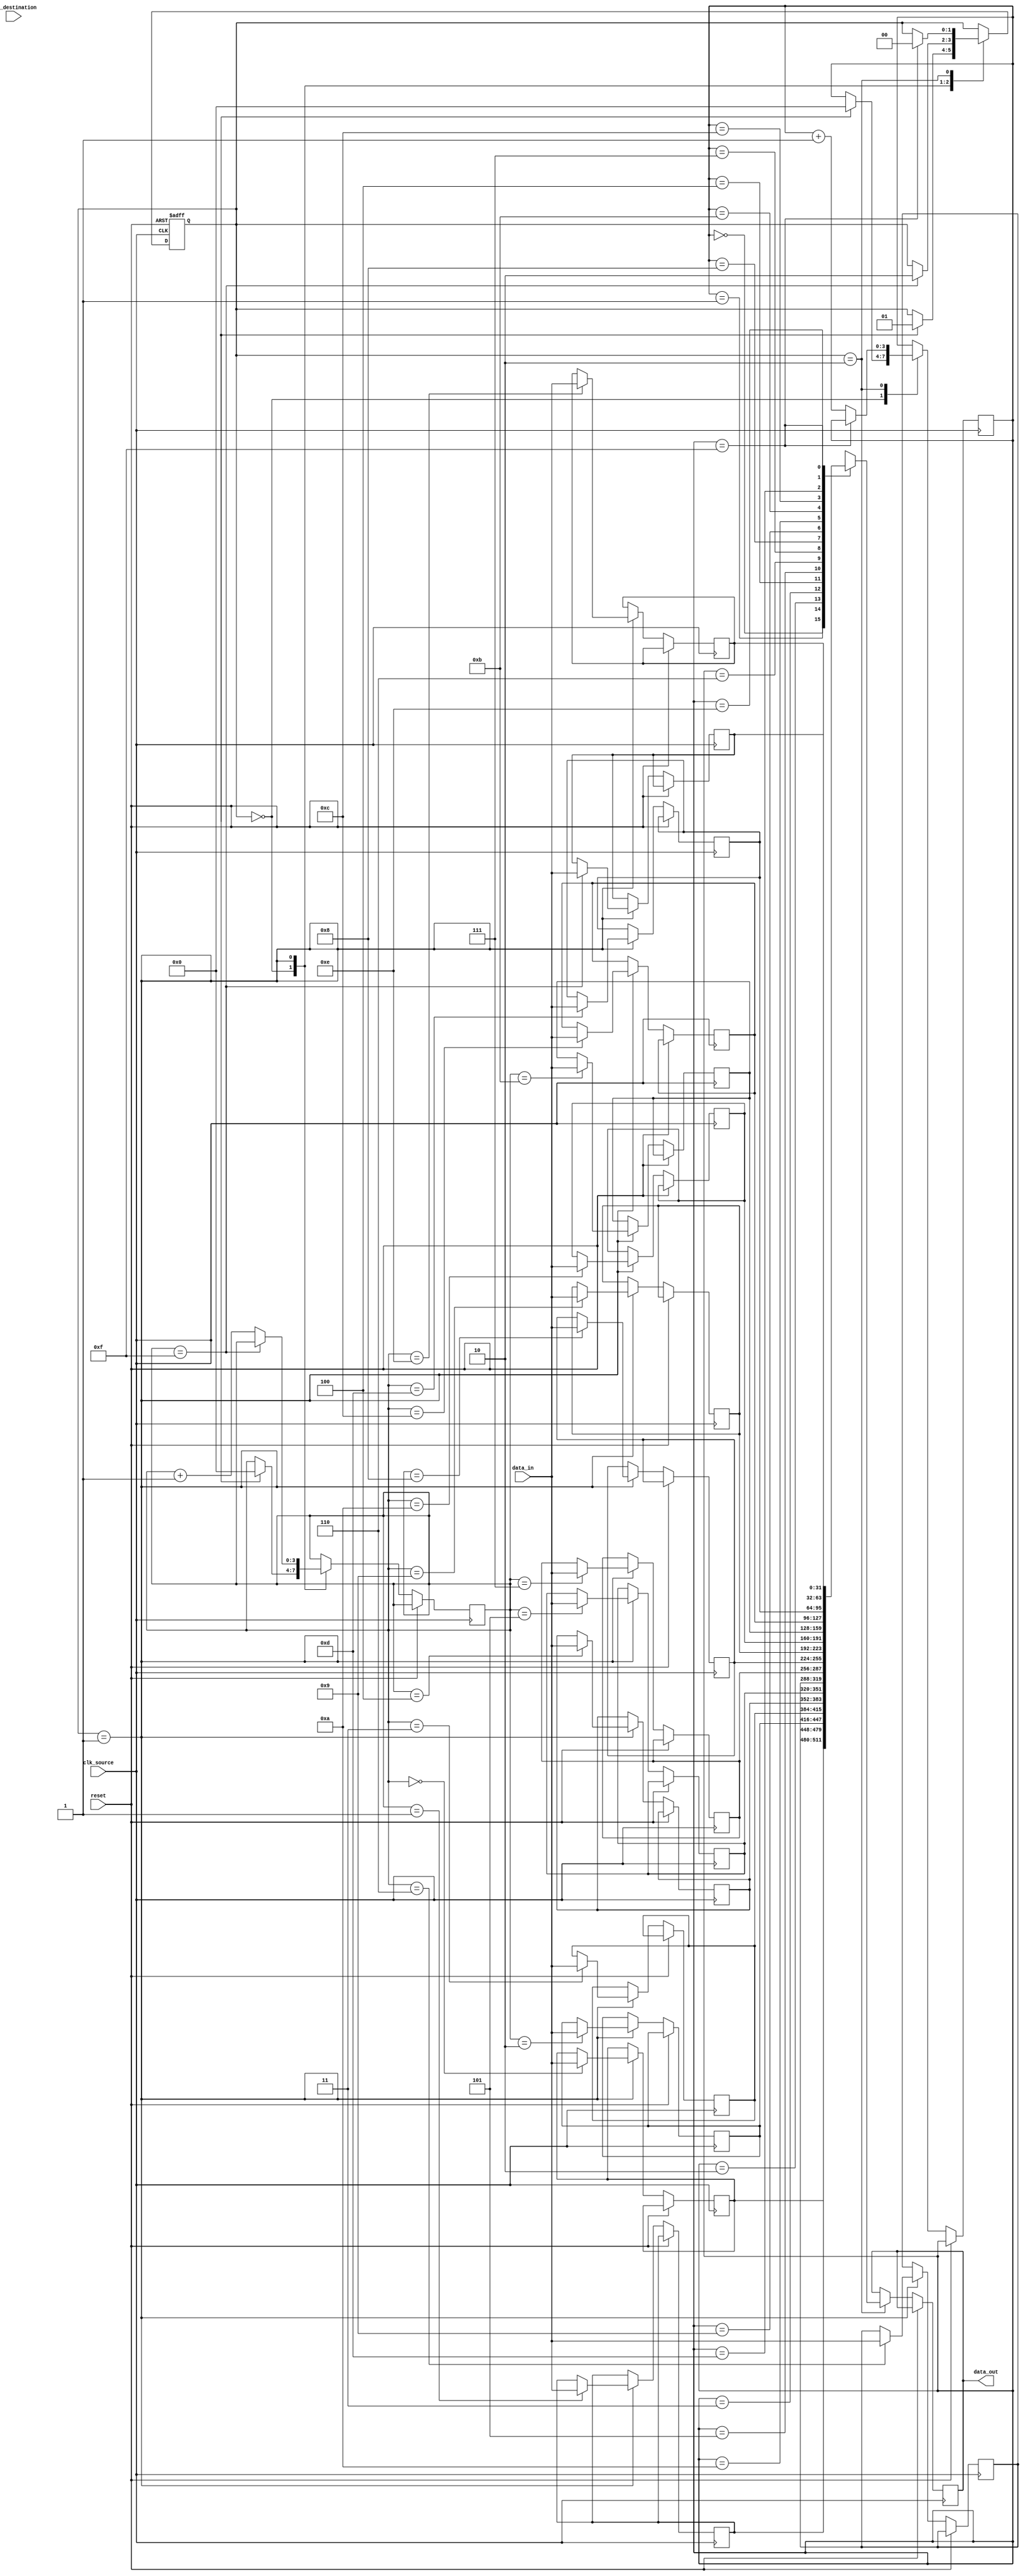
module burst_synchronizer (
   input wire clk_source,
   input wire clk_destination,
   input wire reset,
   input wire [31:0] data_in,
   output reg [31:0] data_out
);

   reg [31:0] buffer [0:15];
   reg [3:0] write_pointer;
   reg [3:0] read_pointer;
   reg [1:0] state;

   always @(posedge clk_source or posedge reset) begin
      if (reset)
         state <= 2'b00;
      else begin
         case(state)
            2'b00: begin // Idle state
                  if (condition_to_start_transfer) begin
                     state <= 2'b01;
                     write_pointer <= 0;
                     read_pointer <= 0;
                  end
               end
            2'b01: begin // Transfer state
                  buffer[write_pointer] <= data_in;
                  if (write_pointer == 15)
                     state <= 2'b10;
                  else
                     write_pointer <= write_pointer + 1;
               end
            2'b10: begin // Synchronization state
                  data_out <= buffer[read_pointer];
                  if (read_pointer == 15)
                     state <= 2'b00;
                  else
                     read_pointer <= read_pointer + 1;
               end
         endcase
      end
   end

endmodule